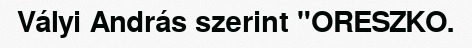
Vályi András szerint "ORESZKO.